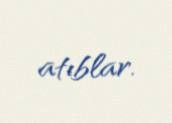
atıblar.